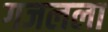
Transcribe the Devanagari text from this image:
गजलला